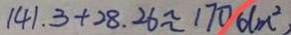
1 4 1 . 3 + 2 8 . 2 6 \approx ( 1 7 0 d m ^ { 2 } )